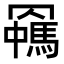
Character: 𦌯